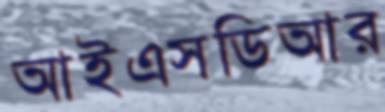
আইএসডিআর